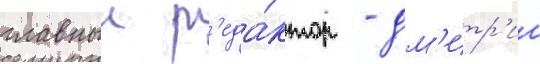
главныи р'еда́ктор - дм'итр'ии